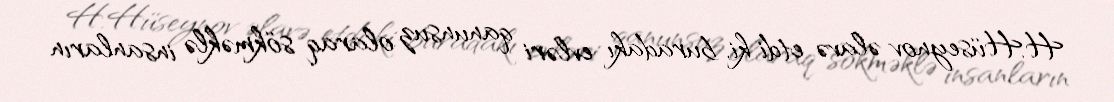
H.Hüseynov əlavə etdi ki, buradakı evləri qanunsuz olaraq sökməklə insanların